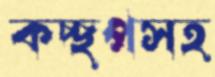
কচ্ছপসহ